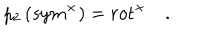
p _ { 2 } \left( s y m ^ { \times } \right) = r o t ^ { \times } \quad .